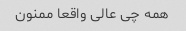
همه چی عالی واقعا ممنون